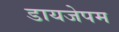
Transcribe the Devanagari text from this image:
डायजेपम